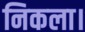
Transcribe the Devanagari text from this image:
निकला।